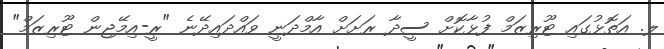
ލ. އަތޮޅުގައި ޓޫރިޒަމް ފުޅާކޮށް ސީދާ ރަށަށް އާމްދަނީ ވައްދައިދޭނެ "ރީ-އިމޭޖިން ޓޫރިޒަމް"